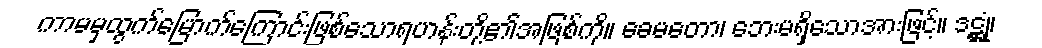
ကာမမှထွက်မြောက်ကြောင်းဖြစ်သောရဟန်းတို့၏အဖြစ်ကို။ ခေမတော၊ ဘေးမရှိသောအားဖြင့်။ ဒဋ္ဌုံ၊